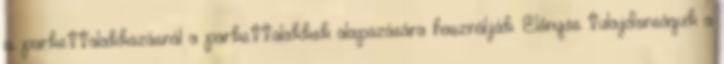
is parkettalakkozásnál a parkettalakkok alapozására használják. Előnyös tulajdonságuk a